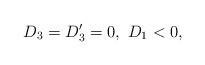
LaTeX: \begin{align*}D_3=D_3'=0,\ D_1<0,\end{align*}